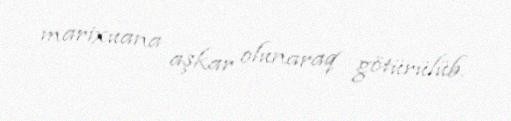
marixuana aşkar olunaraq götürülüb.